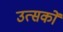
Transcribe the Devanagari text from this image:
उत्सकों